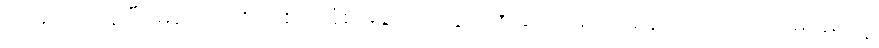
အမှတ်ရနေပြီး မကောင်း တဲ့စိတ်ခံစားချက်တွေ ခဏခဏဖြစ်ပေါ်နေတယ်လို့ အဖမ်းခံရတဲ့